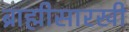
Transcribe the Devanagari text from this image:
ब्राह्मीसारखी